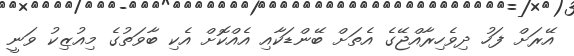
އޭރަށް ފަހު ދިވެހިރާއްޖޭގެ އެތަށް ބޭންޑަކާއި އެއްކޮށް އެކި ބާވަތުގެ މިއުޒިކު ވަނީ